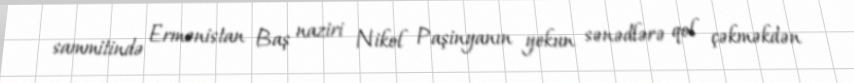
sammitində Ermənistan Baş naziri Nikol Paşinyanın yekun sənədlərə qol çəkməkdən